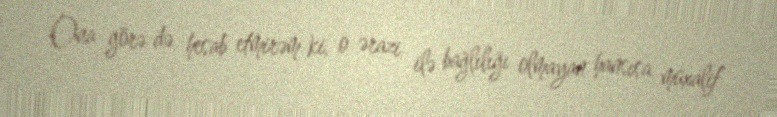
Ona görə də hesab etmirəm ki, o ərazi ilə bağlılığı olmayan hansısa müxalif